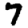
Digit: 7